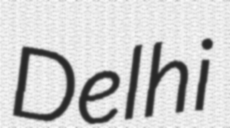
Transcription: Delhi